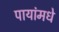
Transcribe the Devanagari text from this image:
पायांमधे